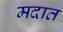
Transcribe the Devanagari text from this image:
मदात